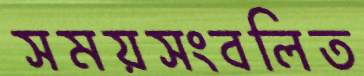
সময়সংবলিত